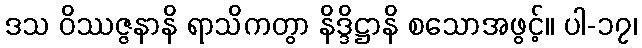
ဒသ ဝိဿဇ္ဇနာနိ ရာသိကတွာ နိဒ္ဒိဋ္ဌာနိ စသောအဖွင့်။ ပါ-၁၇၊